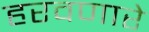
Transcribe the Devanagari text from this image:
हरवणारे